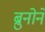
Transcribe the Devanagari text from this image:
ब्रुनोने